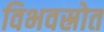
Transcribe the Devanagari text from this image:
विभवस्रोत